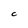
Character: C